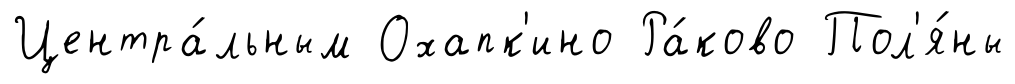
Центра́льным Охапк'ино Ра́ково Пол'я́ны